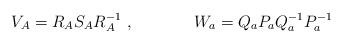
LaTeX: \begin{align*}V_{A}=R_{A} S_{A}R_{A}^{-1}~,~~~~~~~~~~~W_a=Q_aP_aQ_a^{-1}P_a^{-1}\end{align*}